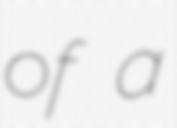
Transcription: of a